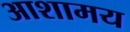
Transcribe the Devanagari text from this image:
आशामय